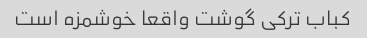
کباب ترکی گوشت واقعا خوشمزه است